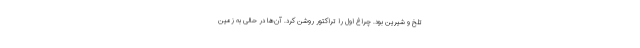
تلخ و شیرین بود. چراغ اول را تراکتور روشن کرد. آن‌ها در حالی به زمین